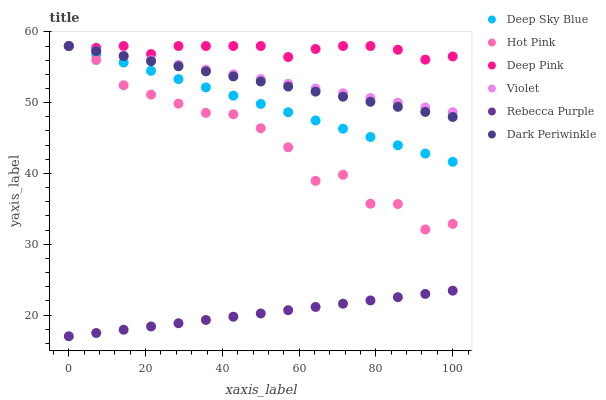
| xaxis_label | Deep Sky Blue | Hot Pink | Deep Pink | Violet | Rebecca Purple | Dark Periwinkle |
 | --- | --- | --- | --- | --- | --- | --- |
 | 0 | 58 | 58 | 58 | 58 | 17 | 58 |
 | 7.14 | 56.8 | 56 | 57.7 | 57.3 | 17.5 | 57.3 |
 | 14.3 | 55.7 | 52.5 | 58 | 56.7 | 17.9 | 56.6 |
 | 21.4 | 54.5 | 51.1 | 56.9 | 56 | 18.4 | 55.9 |
 | 28.6 | 53.3 | 49.9 | 58 | 55.3 | 18.8 | 55.1 |
 | 35.7 | 52.2 | 48.6 | 58 | 54.7 | 19.3 | 54.4 |
 | 42.9 | 51 | 48.4 | 58 | 54 | 19.8 | 53.7 |
 | 50 | 49.8 | 46.4 | 58 | 53.3 | 20.2 | 53 |
 | 57.1 | 48.7 | 43.7 | 56.4 | 52.7 | 20.7 | 52.3 |
 | 64.3 | 47.5 | 39 | 57.6 | 52 | 21.1 | 51.6 |
 | 71.4 | 46.3 | 39.8 | 58 | 51.3 | 21.6 | 50.8 |
 | 78.6 | 45.1 | 35.7 | 58 | 50.7 | 22.1 | 50.1 |
 | 85.7 | 44 | 35.7 | 57.5 | 50 | 22.5 | 49.4 |
 | 92.9 | 42.8 | 32.1 | 56.1 | 49.3 | 23 | 48.7 |
 | 100 | 41.6 | 32.9 | 56.5 | 48.7 | 23.4 | 48 |